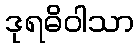
ဒုရဓိဝါသာ